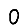
Digit: 0